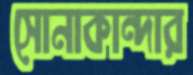
সোনাকান্দার